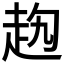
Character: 𧺤